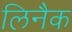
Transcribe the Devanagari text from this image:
लिनैक